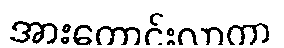
အားကောင်းလာကာ